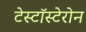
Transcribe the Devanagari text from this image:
टेस्टॉस्टेरोन